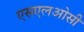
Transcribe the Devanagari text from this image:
एसएलओसी